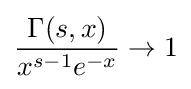
{\frac {\Gamma (s,x)}{x^{s-1}e^{-x}}}\to 1